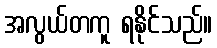
အလွယ်တကူ ရနိုင်သည်။